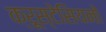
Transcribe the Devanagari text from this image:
क्रूस्टेसियनों